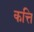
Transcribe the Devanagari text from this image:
कत्ति